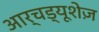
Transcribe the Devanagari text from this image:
आर्चड्यूशेज़